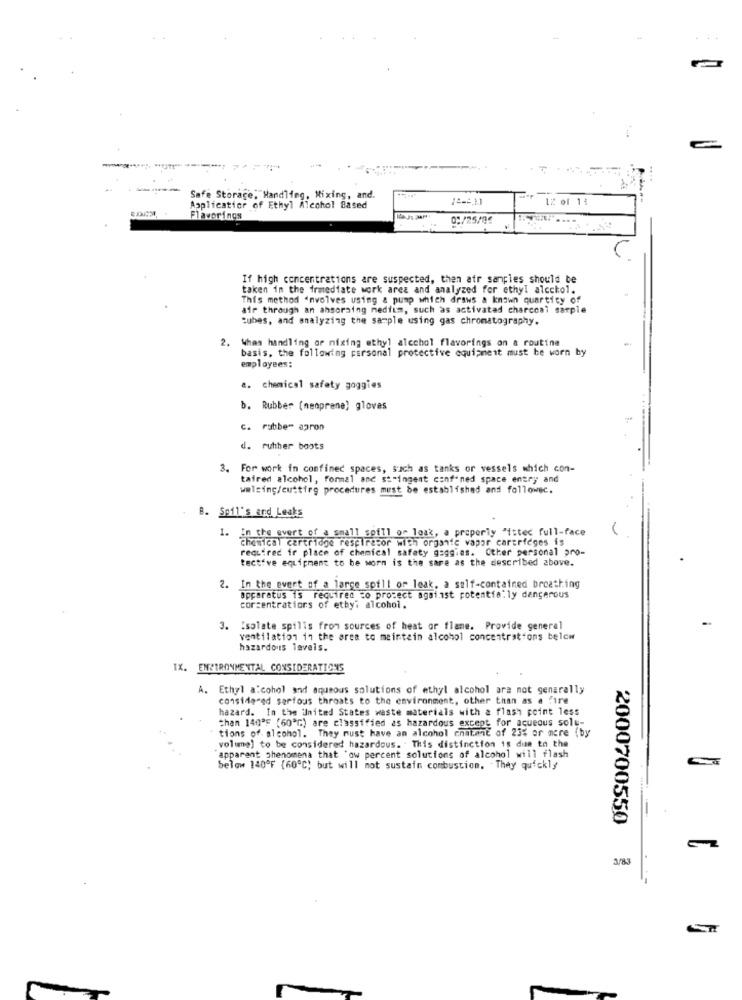
Safe Storage, Handling, Mixing, and.
Applicatior of Ethyl Alcohol Based
01/25/04
If high concentrations are suspected, then atr samples should be
taken in the irmediate work area and analyzed for ethyl alcohol.
This method involves using & pump which draws a known quartity of
air through an ahsoraing medium, such as activated charcoal sarpie
Cubes, and analyzing the sample using gas chromatography.
2. Whas handling or mixing ethyl alcohol flavorings on a routine
basis, the following personal protective equipment must be worn by
employees:
a. chemical safety goggies
b. Rubber (menprene) gloves
c. rubber agron
d. ruhher boots
3.
For work in confined spaces, such as tanks or vessels which con-
taired alcohol, formal and stringent conf-ned space entry and
walsing/cutting procedures must be established and followec.
B. Spil's and Leaks
1.
in the overt of a small spill or leak, a properly "istec full-face
chemical cartridge respirator with organic vapor cartridges is
required ir place of chemical safety gaggias. Other personal pro-
tective equipment to be worn is the same as the described above.
2. In the event of a large spill or leak, a self-contained breathing
Apparatus is required to protect against potentially dangerous
corcentratiors of etby: alcohol.
3. "solate spills from sources of heat or flame. Provide general
ventilation in the area to maintain alcohol concentrations below
hazardous levels.
IX. ENSTRONMENTAL CONSIDERATIONS
A. Ethyl alcohol and aqueous solutions of ethyl alcohol are not generally
considered serious throats to the environment, other than as a fire
hazard. In the United States waste materials with a flash point less
than 140'F (60'℃) are classified as hazardous except for aqueous solu-
tions of. alcohol. They must have an alcohol chatmnt of 23% or more (by
volume) to be considered hazardous. " This distinction is due to the
apparent phenomena that 'ow percent solutions of alcohol will flash
below 140ºF (60ºC) but will not sustain combustion. They quickly
2000700550
3/83